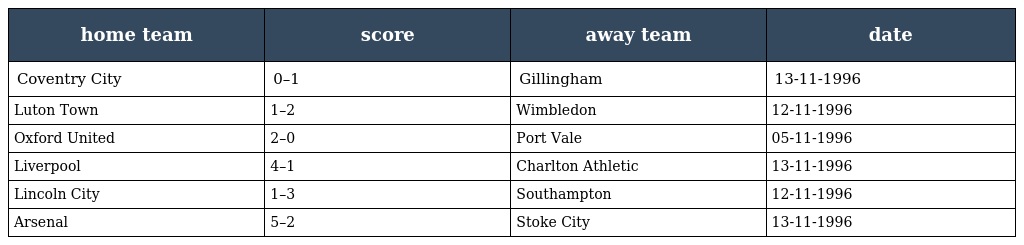
| home team | score | away team | date |
 | --- | --- | --- | --- |
 | Coventry City | 0–1 | Gillingham | 13-11-1996 |
 | Luton Town | 1–2 | Wimbledon | 12-11-1996 |
 | Oxford United | 2–0 | Port Vale | 05-11-1996 |
 | Liverpool | 4–1 | Charlton Athletic | 13-11-1996 |
 | Lincoln City | 1–3 | Southampton | 12-11-1996 |
 | Arsenal | 5–2 | Stoke City | 13-11-1996 |